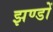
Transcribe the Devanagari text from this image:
झण्‍डों